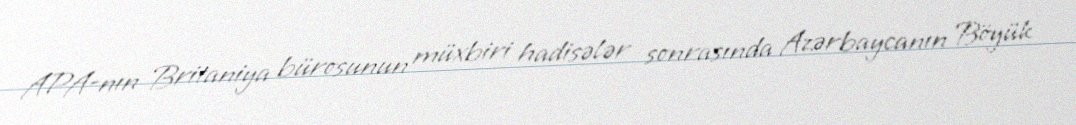
APA-nın Britaniya bürosunun müxbiri hadisələr sonrasında Azərbaycanın Böyük